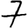
Digit: 7